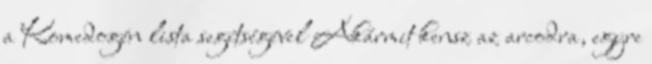
a Komedogén lista segítségével Akármit kensz az arcodra, egyre